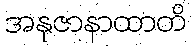
အနုဇာနာထာတိ